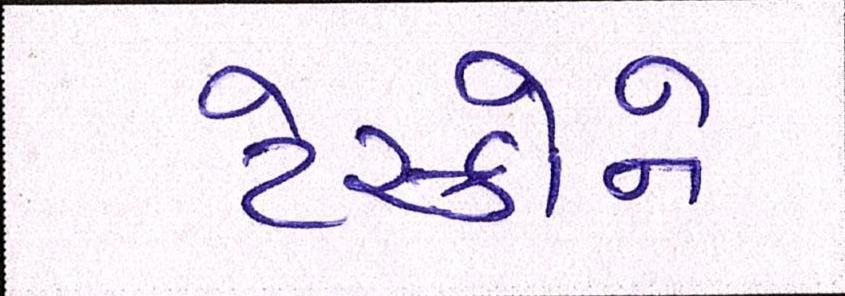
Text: ટેસ્કોને